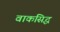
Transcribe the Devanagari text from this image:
वाकसिद्ध